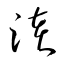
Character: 淕